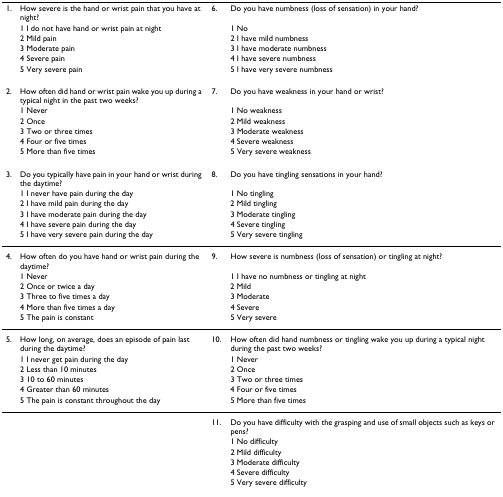
| 1. | How severe is the hand or wrist pain that you have at night? | 6. | Do you have numbness (loss of sensation) in your hand? |
 |  | 1 I do not have hand or wrist pain at night |  | 1 No |
 |  | 2 Mild pain |  | 2 I have mild numbness |
 |  | 3 Moderate pain |  | 3 I have moderate numbness |
 |  | 4 Severe pain |  | 4 I have severe numbness |
 |  | 5 Very severe pain |  | 5 I have very severe numbness |
 | --- | --- | --- | --- |
 | 2. | How often did hand or wrist pain wake you up during a typical night in the past two weeks? | 7. | Do you have weakness in your hand or wrist? |
 |  | 1 Never |  | 1 No weakness |
 |  | 2 Once |  | 2 Mild weakness |
 |  | 3 Two or three times |  | 3 Moderate weakness |
 |  | 4 Four or five times |  | 4 Severe weakness |
 |  | 5 More than five times |  | 5 Very severe weakness |
 | 3. | Do you typically have pain in your hand or wrist during the daytime? | 8. | Do you have tingling sensations in your hand? |
 |  | 1 I never have pain during the day |  | 1 No tingling |
 |  | 2 I have mild pain during the day |  | 2 Mild tingling |
 |  | 3 I have moderate pain during the day |  | 3 Moderate tingling |
 |  | 4 I have severe pain during the day |  | 4 Severe tingling |
 |  | 5 I have very severe pain during the day |  | 5 Very severe tingling |
 | 4. | How often do you have hand or wrist pain during the daytime? | 9. | How severe is numbness (loss of sensation) or tingling at night? |
 |  | 1 Never |  | 1 I have no numbness or tingling at night |
 |  | 2 Once or twice a day |  | 2 Mild |
 |  | 3 Three to five times a day |  | 3 Moderate |
 |  | 4 More than five times a day |  | 4 Severe |
 |  | 5 The pain is constant |  | 5 Very severe |
 | 5. | How long, on average, does an episode of pain last during the daytime? | 10. | How often did hand numbness or tingling wake you up during a typical night during the past two weeks? |
 |  | 1 I never get pain during the day |  | 1 Never |
 |  | 2 Less than 10 minutes |  | 2 Once |
 |  | 3 10 to 60 minutes |  | 3 Two or three times |
 |  | 4 Greater than 60 minutes |  | 4 Four or five times |
 |  | 5 The pain is constant throughout the day |  | 5 More than five times |
 |  |  | 11. | Do you have difficulty with the grasping and use of small objects such as keys or pens? |
 |  |  |  | 1 No difficulty |
 |  |  |  | 2 Mild difficulty |
 |  |  |  | 3 Moderate difficulty |
 |  |  |  | 4 Severe difficulty |
 |  |  |  | 5 Very severe difficulty |